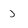
Character: J